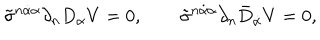
\tilde { \sigma } ^ { n \dot { \alpha } \alpha } \partial _ { n } D _ { \alpha } V = 0 , \qquad \tilde { \sigma } ^ { n \dot { \alpha } \alpha } \partial _ { n } \bar { D } _ { \dot { \alpha } } V = 0 ,